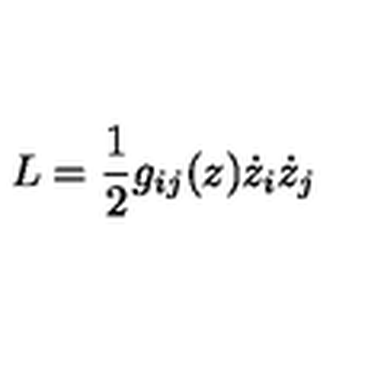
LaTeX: L = { \frac { 1 } { 2 } } g _ { i j } ( z ) \dot { z } _ { i } \dot { z } _ { j }